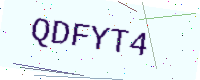
Text: QDFYT4